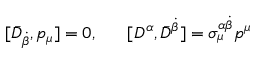
[ \bar { D } _ { \dot { \beta } } , p _ { \mu } ] = 0 , ~ ~ ~ ~ ~ [ D ^ { \alpha } , \bar { D } ^ { \dot { \beta } } ] = \sigma _ { \mu } ^ { \alpha \dot { \beta } } p ^ { \mu }